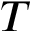
T